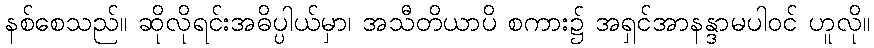
နစ်စေသည်။ ဆိုလိုရင်းအဓိပ္ပါယ်မှာ၊ အသီတိယာပိ စကား၌ အရှင်အာနန္ဒာမပါဝင် ဟူလို။